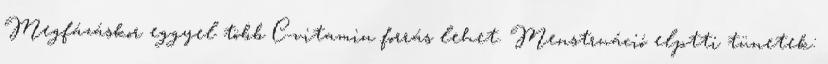
Megfázáskor eggyel több C-vitamin forrás lehet. Menstruáció elptti tünetek: